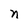
Character: n